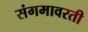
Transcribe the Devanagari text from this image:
संगमावरती